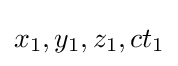
x_{1},y_{1},z_{1},ct_{1}